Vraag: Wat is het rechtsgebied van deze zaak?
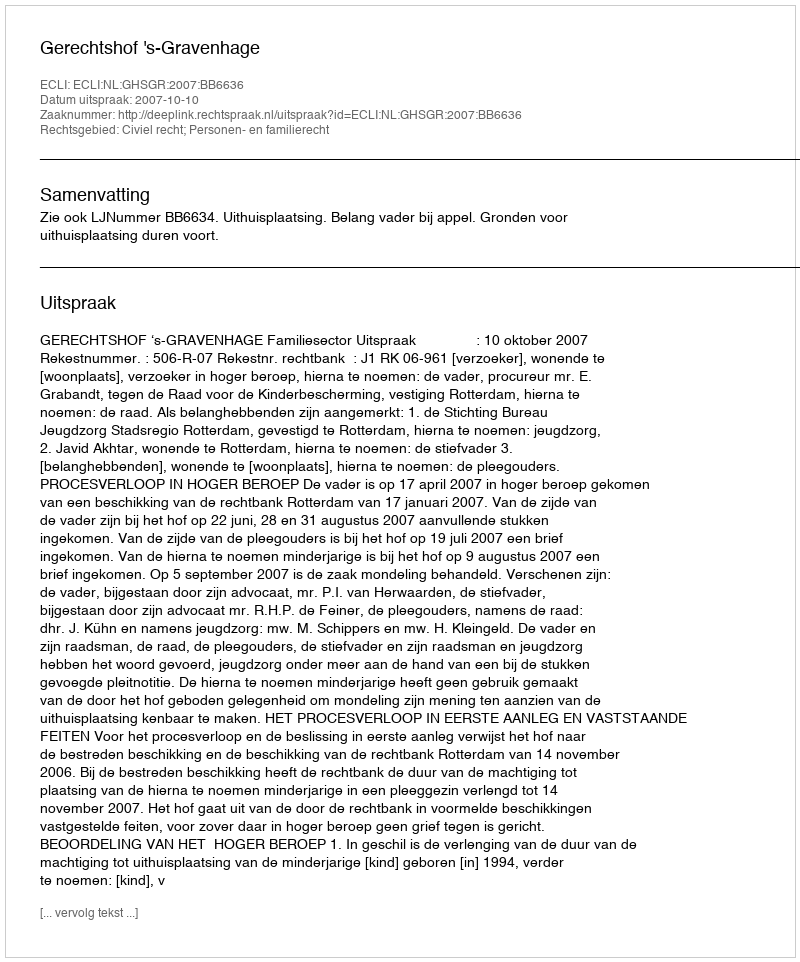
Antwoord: Civiel recht; Personen- en familierecht